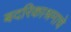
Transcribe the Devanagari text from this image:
बदरिकाश्रमाचे